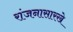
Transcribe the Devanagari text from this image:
रांजनासारखे